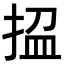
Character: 𢭚